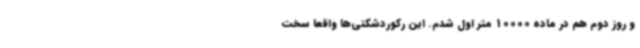
و روز دوم هم در ماده 10000 متر اول شدم. این رکوردشکنی‌ها واقعا سخت